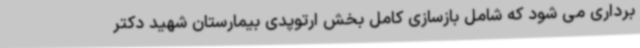
برداری می شود که شامل بازسازی کامل بخش ارتوپدی بیمارستان شهید دکتر